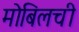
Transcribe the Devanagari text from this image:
मोबिलची